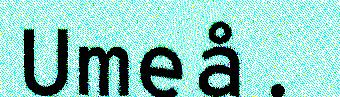
Umeå.